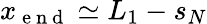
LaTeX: x_{\mathrm{~e~n~d~}}\simeq L_{1}-s_{N}